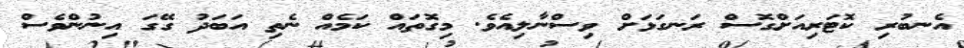
އެނބުރި ކޮޓަރިއަށްގޮސް ރަނގަޅަށް ވިސްނާލިއެވެ. މިގޮތައް ކަމެއް ނެތި އަބަދު ގޭގަ އިނުންވެސް